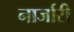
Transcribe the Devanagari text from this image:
नार्जारी